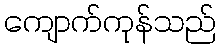
ကျောက်ကုန်သည်